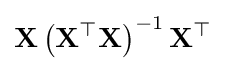
\mathbf {X} \left(\mathbf {X} ^{\top }\mathbf {X} \right)^{-1}\mathbf {X} ^{\top }